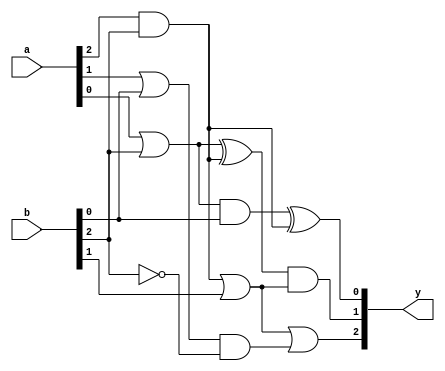
module new_test_2(y,a,b);

input [2:0] a,b;
output [2:0] y;

wire [7:0] w;

or or_1(w[0],a[0],b[2]);
xor xor_2(w[6],w[0],w[2]);
and and_1(w[1],w[0],b[0]);

and and_2(w[2],a[2],b[2]);
or or_2(w[4],a[1],b[0]);
or or_3(w[3],w[2],b[1]);

and and_3(y[1],w[6],w[3]);
not not_1(w[7],b[2]);
and and_4(w[5],w[4],w[7]);

xor xor_1(y[0],w[1],w[2]);

or or_4(y[2],w[3],w[5]);

endmodule